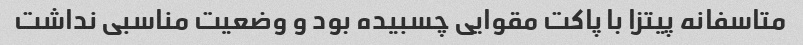
متاسفانه پیتزا با پاکت مقوایی چسبیده بود و وضعیت مناسبی نداشت